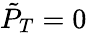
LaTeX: \tilde{{P}}_{T}=0